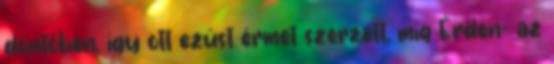
döntőben, így ott ezüst érmet szerzett, míg Érden- az